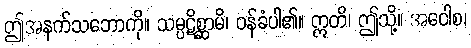
ဤအနက်သဘောကို။ သမ္ပဋိစ္ဆာမိ၊ ဝန်ခံပါ၏။ ဣတိ၊ ဤသို့။ အဝေါစ၊